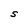
Character: S